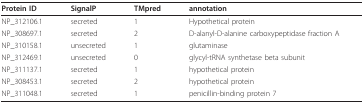
| Protein ID | SignalP | TMpred | annotation |
 | --- | --- | --- | --- |
 | NP_312106.1 | secreted | 1 | Hypothetical protein |
 | NP_308697.1 | secreted | 2 | D-alanyl-D-alanine carboxypeptidase fraction A |
 | NP_310158.1 | unsecreted | 1 | glutaminase |
 | NP_312469.1 | unsecreted | 0 | glycyl-tRNA synthetase beta subunit |
 | NP_311137.1 | secreted | 1 | hypothetical protein |
 | NP_308453.1 | secreted | 2 | hypothetical protein |
 | NP_311048.1 | secreted | 1 | penicillin-binding protein 7 |